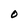
Character: 0